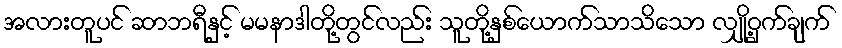
အလားတူပင် ဆာဘရီနှင့် မမနာဒါတို့တွင်လည်း သူတို့နှစ်ယောက်သာသိသော လျှို့ဝှက်ချက်